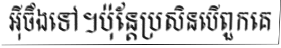
អ៊ីចឹងទៅ។ប៉ុន្តែប្រសិនបើពួកគេ